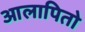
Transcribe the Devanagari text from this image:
आलापितो